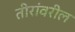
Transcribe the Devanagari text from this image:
तीरांवरील